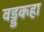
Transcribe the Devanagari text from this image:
वड्डकहा